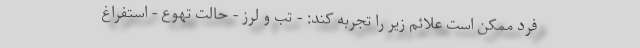
فرد ممکن است علائم زیر را تجربه کند: - تب و لرز - حالت تهوع - استفراغ